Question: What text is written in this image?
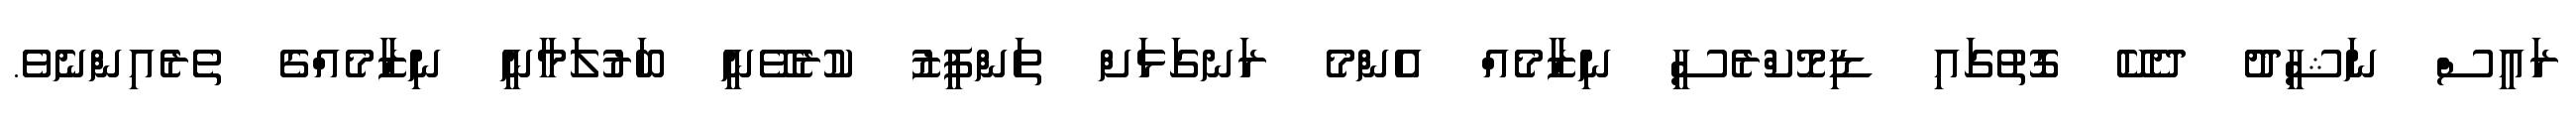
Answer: ރައީސް ނަޝީދު ދެކޭ ގޮތުގައި ޑިމޮކްރެސީ ނިޒާމެެއް އެންމެ ރަނގަޅަށް ތަންފީޒު ކުރެވޭނީ ބަރުލަމާނީ ނިޒާމެއްގެ ތެރެއިންނެވެ.